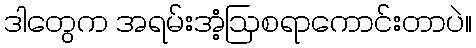
ဒါတွေက အရမ်းအံ့ဩစရာကောင်းတာပဲ။